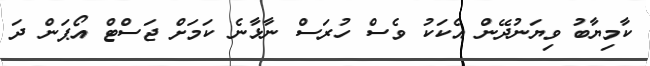
ކާމިޔާބު ވިޔަނުދޭން އެކަކު ވެސް ހުރަސް ނާޅާނެ ކަމަށް ޖަސްޓް އޯޕަން ދަ